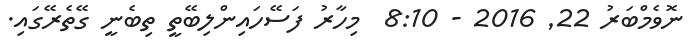
ނޮވެމްބަރު 22